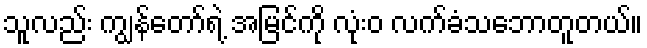
သူလည်း ကျွန်တော်ရဲ့ အမြင်ကို လုံးဝ လက်ခံသဘောတူတယ်။